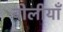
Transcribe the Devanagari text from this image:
बोलीयाँ